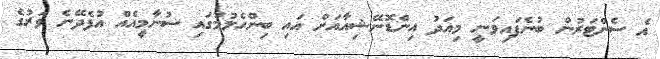
އެ ސެންޓަރުން ބުނެފައިވަނީ މިއަދު އިންޑޮނޭޝިއާއަށް އައި ބިންހެލުމުގައި ސުނާމީއެއް އުފެދޭނެ ވަރުގެ